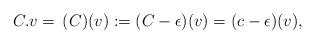
LaTeX: \begin{align*}C.v=\,(C)(v):=(C-\epsilon)(v)=(c-\epsilon)(v),\end{align*}